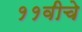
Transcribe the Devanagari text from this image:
११वीचे